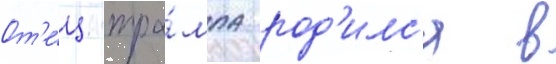
От'е́ц тра́мпа род'илс'я в